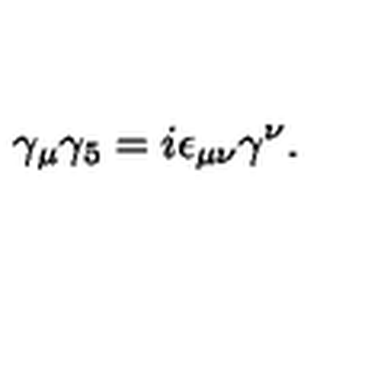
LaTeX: \gamma _ { \mu } \gamma _ { 5 } = i \epsilon _ { \mu \nu } \gamma ^ { \nu } .